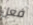
فعل